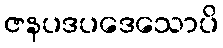
ဇနပဒပဒေသောပိ